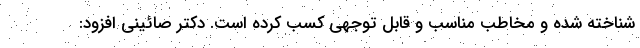
شناخته شده و مخاطب مناسب و قابل توجهی کسب کرده است. دکتر صائینی افزود: